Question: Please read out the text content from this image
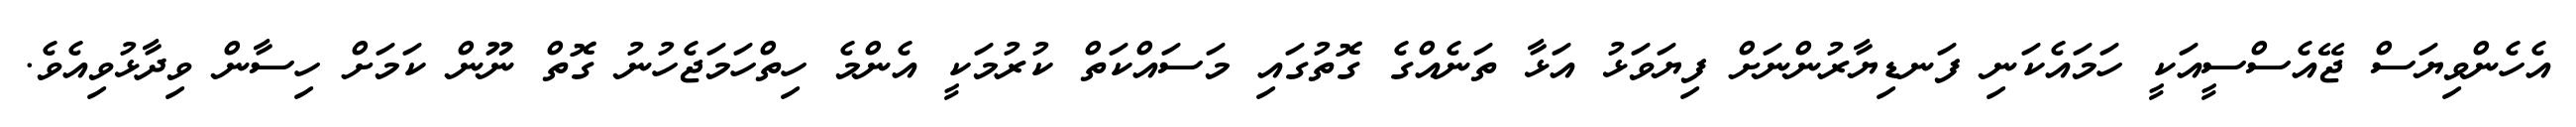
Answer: އެހެންވިޔަސް ޖޭއެސްސީއަކީ ހަމައެކަނި ފަނޑިޔާރުންނަށް ފިޔަވަޅު އަޅާ ތަނެއްގެ ގޮތުގައި މަސައްކަތް ކުރުމަކީ އެންމެ ހިތްހަމަޖެހުނު ގޮތް ނޫން ކަމަށް ހިސާން ވިދާޅުވިއެވެ.